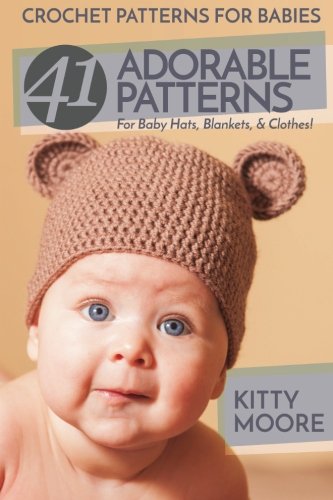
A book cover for Crochet Patterns For Babies (2nd Edition): 41 Adorable Patterns For Baby Hats, Blankets, & Clothes!; Kitty Moore; Crafts, Hobbies & Home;